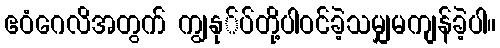
ဧဝံဂေလိအတွက် ကျွနု်ပ်တို့ပါဝင်ခဲ့သမျှမကျန်ခဲ့ပါ။